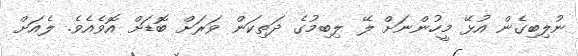
ނުލިބިގެން އުޅޭ މީހުންނަށް ލޭ ލިބިމުގެ ދަތިކަން ވަރަށް ބޮޑަށް އޮވެއެވެ. ލެއަށް